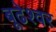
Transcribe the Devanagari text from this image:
बूढेश्वर